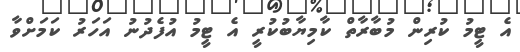
އެ ޓީމު ކުރިން މުބާރާތް ކާމިޔާބުކުރީ އެ ޓީމު އުފެދުނު އަހަރު ކަމަށްވާ